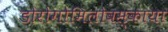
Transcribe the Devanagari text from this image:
डोरोगोमिलोवस्काया